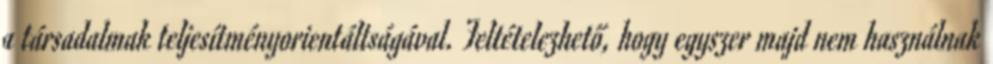
a társadalmak teljesítményorientáltságával. Feltételezhető, hogy egyszer majd nem használnak